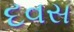
દવસ